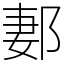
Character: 郪